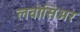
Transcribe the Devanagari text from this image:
लवोसिअर